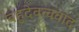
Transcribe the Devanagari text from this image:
बहुदेवत्ववाद